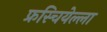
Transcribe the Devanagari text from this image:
फ्रस्चियेल्ला